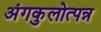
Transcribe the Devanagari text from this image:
अंगकुलोत्पन्न